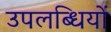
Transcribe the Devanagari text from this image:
उपलब्धियों